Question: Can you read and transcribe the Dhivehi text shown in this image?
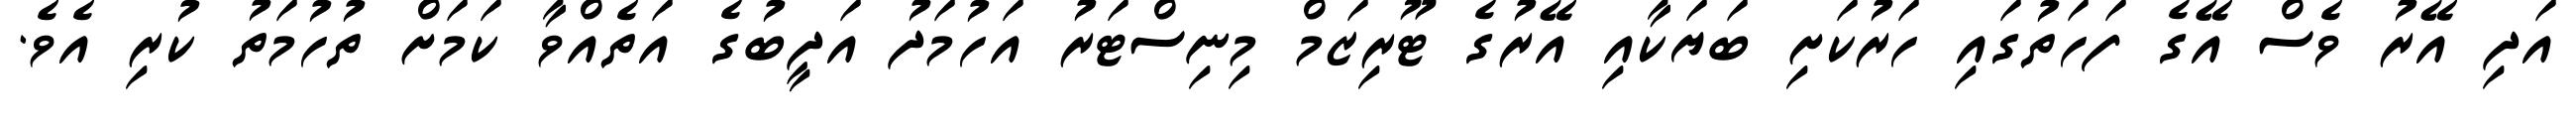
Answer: އަދި އޭރު ވެސް އޭގެ ފަހަތުގައި ހަރުކަށި ބަޔަކާއި އޭރުގެ ޓޫރިޒަމް މިނިސްޓަރު އަހުމަދު އަދީބުގެ އަތެއްވާ ކަމަށް ތުހުމަތު ކުރި އެވެ.